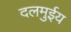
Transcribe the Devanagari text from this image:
दलमुईय